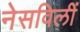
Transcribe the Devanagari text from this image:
नेसविलीं